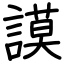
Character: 謨